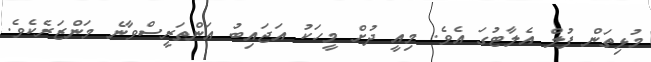
މުޅިތަން ފުލް އެލާޓުގަ އެވެ. މިއީ ދުށް މީހަކު އަޖައިބު އަންތަރީސްވާނެ މަންޒަރެކެވެ.